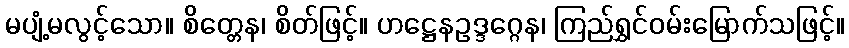
မပျံ့မလွင့်သော။ စိတ္တေန၊ စိတ်ဖြင့်။ ဟဋ္ဌေနဥဒ္ဒဂ္ဂေန၊ ကြည်ရွှင်ဝမ်းမြောက်သဖြင့်။